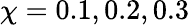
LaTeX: \chi=0.1,0.2,0.3